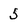
Character: 5